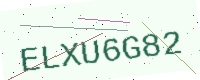
Text: ELXU6G82